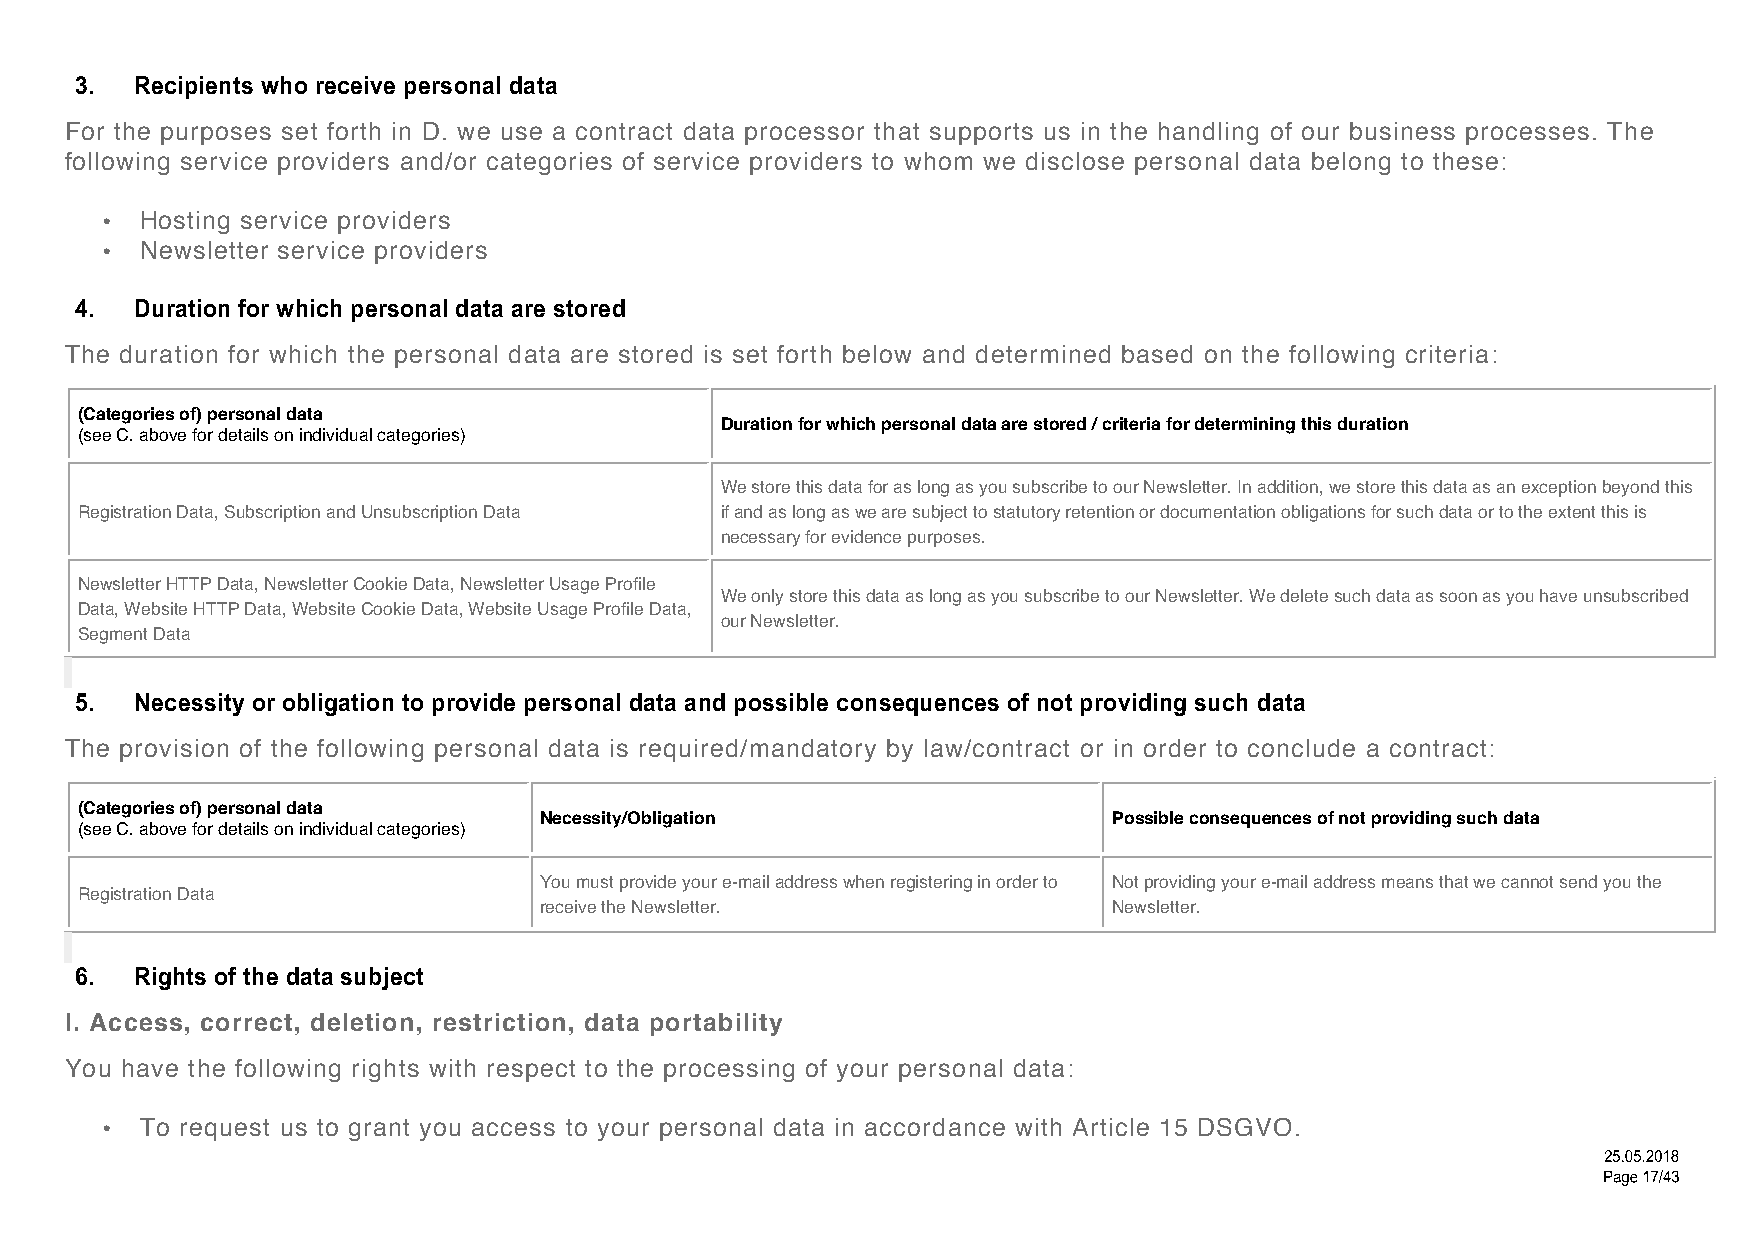
3.  Recipients who receive personal data
 For the purposes set forth in D. we use a contract data processor that supports us in the handling of our business processes. The
 following service providers and/or categories of service providers to whom we disclose personal data belong to these:
 • Hosting service providers
 • Newsletter service providers
 4.  Duration for which personal data are stored
 The duration for which the personal data are stored is set forth below and determined based on the following criteria:
 (Categories of) personal data
 Duration for which personal data are stored / criteria for determining this duration
 (see C. above for details on individual categories)
 We store this data for as long as you subscribe to our Newsletter. In addition, we store this data as an exception beyond this
 Registration Data, Subscription and Unsubscription Data if and as long as we are subject to statutory retention or documentation obligations for such data or to the extent this is
 necessary for evidence purposes.
 Newsletter HTTP Data, Newsletter Cookie Data, Newsletter Usage Profile
 We only store this data as long as you subscribe to our Newsletter. We delete such data as soon as you have unsubscribed
 Data, Website HTTP Data, Website Cookie Data, Website Usage Profile Data,
 our Newsletter.
 Segment Data
 5.  Necessity or obligation to provide personal data and possible consequences of not providing such data
 The provision of the following personal data is required/mandatory by law/contract or in order to conclude a contract:
 (Categories of) personal data
 Necessity/Obligation                  Possible consequences of not providing such data
 (see C. above for details on individual categories)
 You must provide your e-mail address when registering in order to Not providing your e-mail address means that we cannot send you the
 Registration Data
 receive the Newsletter.               Newsletter.
 6.  Rights of the data subject
 I. Access, correct, deletion, restriction, data portability
 You have the following rights with respect to the processing of your personal data:
 • To request us to grant you access to your personal data in accordance with Article 15 DSGVO.